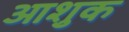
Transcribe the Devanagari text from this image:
आशुक